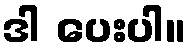
ဒါ ပေးပါ။